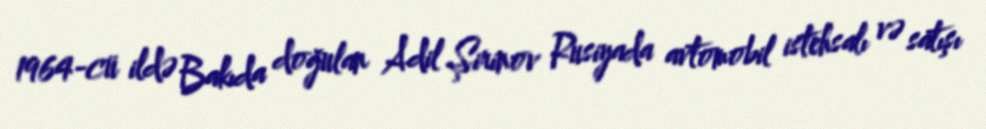
1964-cü ildə Bakıda doğulan Adil Şirinov Rusiyada avtomobil istehsalı və satışı